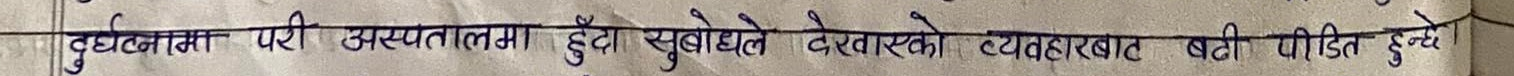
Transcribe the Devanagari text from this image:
दुर्घटना परी अस्पतालमा हुँदा सुबोधले देखाएको व्यवहारबाट बढी पीडित हुन्छ।